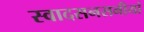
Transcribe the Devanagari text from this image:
स्वादसनसनीयां